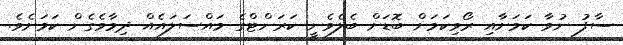
ސާފު ނުވާ ކަމަށާއި ރޯވިކަމަށް ބޮޑަށް ބެލެވެނީ ކަރަންޓްގެ މައްސަލައެއް ދިމާވެގެން ކަމަށެވެ.